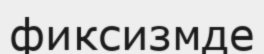
фиксизмде